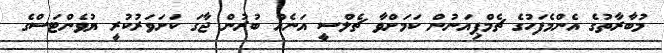
މުބާރާތުގެ އެންމެފަހުގެ ޗެމްޕިއަނުން ކަމަށްވާ ޗެލްސީ އަނެއް ބުރުން ޖާގަ ކަށަވަރުކުރީ ޔުވެންޓަސްގެ